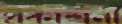
প্রকাশনী